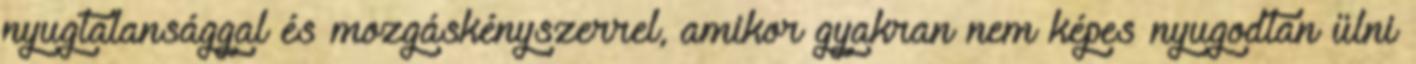
nyugtalansággal és mozgáskényszerrel, amikor gyakran nem képes nyugodtan ülni